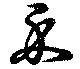
示